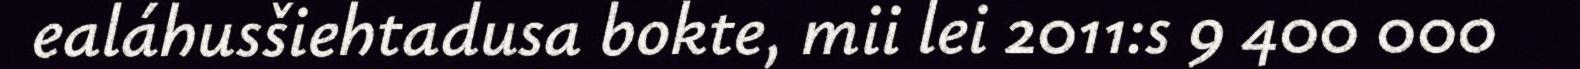
ealáhusšiehtadusa bokte, mii lei 2011:s 9 400 000